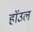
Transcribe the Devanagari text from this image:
हाॅउल